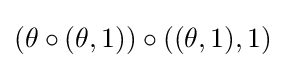
(\theta \circ (\theta ,1))\circ ((\theta ,1),1)